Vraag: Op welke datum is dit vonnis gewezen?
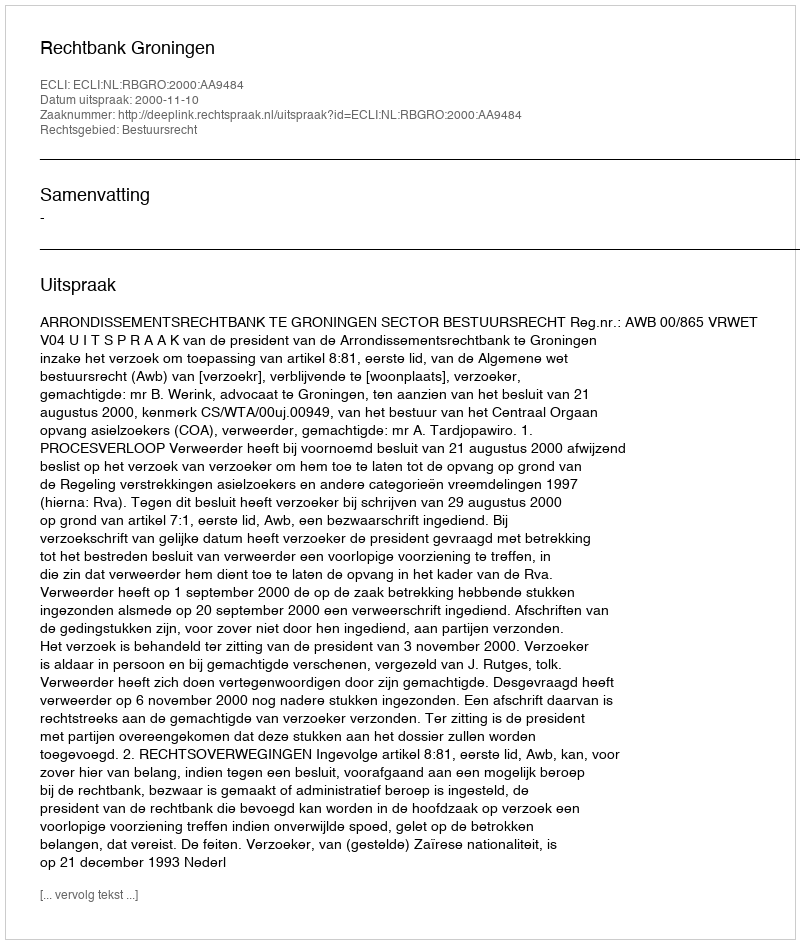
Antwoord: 2000-11-10